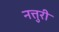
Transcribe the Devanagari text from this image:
नत्तुरी